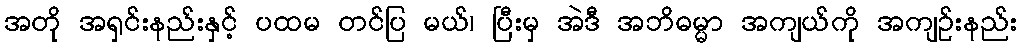
အတို အရှင်းနည်းနှင့် ပထမ တင်ပြ မယ်၊ ပြီးမှ အဲဒီ အဘိဓမ္မာ အကျယ်ကို အကျဉ်းနည်း